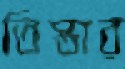
তিস্তার